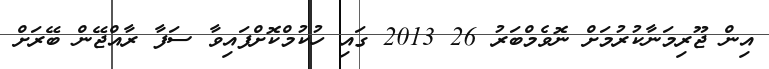
އިން ޖޫރިމަނާކުރުމަށް ނޮވެމްބަރު 26 2013 ގައި ހުކުމްކޮށްފައިވާ ސަފާ ރާއްޖޭން ބޭރަށް